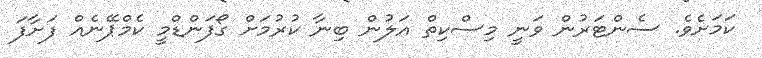
ކަމަށެވެ. ސެންޓަރުން ވަނީ މިސްކިތް އަލުން ބިނާ ކުރުމަށް ގޯފަންޑްމީ ކެމްޕޭނެއް ފަށާފަ